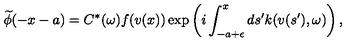
\widetilde { \phi } ( - x - a ) = C ^ { * } ( \omega ) f ( v ( x ) ) \exp \left( i \int _ { - a + \epsilon } ^ { x } d s ^ { \prime } k ( v ( s ^ { \prime } ) , \omega ) \right) ,